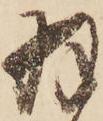
羽